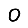
Digit: 0